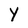
Character: Y